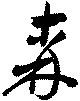
森